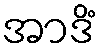
အာဒိံ